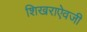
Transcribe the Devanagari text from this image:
शिखराऐवजी